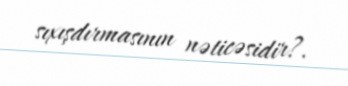
sıxışdırmasının nəticəsidir?.